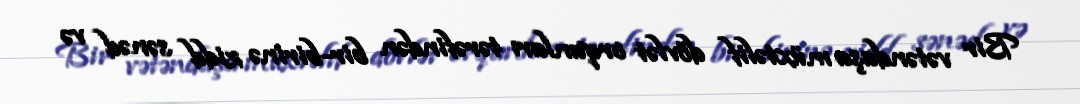
Bir vətəndaşa müxtəlif dövlət orqanları tərəfindən bir-birinə zidd sənəd və